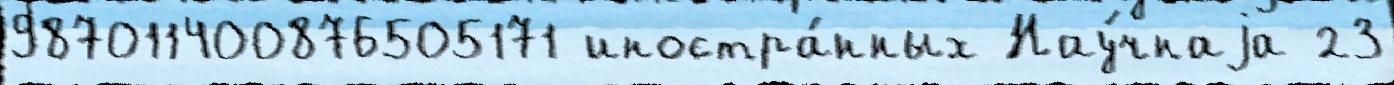
987011400876505171 иностра́нных Нау́чнаjа 23